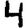
Digit: 4